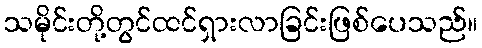
သမိုင်းတို့တွင်ထင်ရှားလာခြင်းဖြစ်ပေသည်။